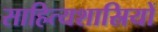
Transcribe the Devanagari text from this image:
साहित्यशास्रियों